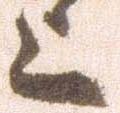
上